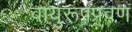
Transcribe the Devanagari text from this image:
वायुरूपप्रवण